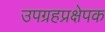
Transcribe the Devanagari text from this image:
उपग्रहप्रक्षेपक